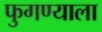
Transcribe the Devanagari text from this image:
फुगण्याला